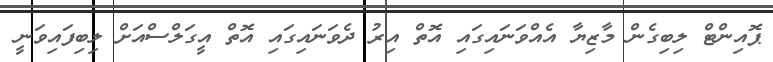
ޕޮއިންޓް ލިބިގެން މާޒިޔާ އެއްވަނައިގައި އޮތް އިރު ދެވަނައިގައި އޮތް އީގަލްސްއަށް ލިބިފައިވަނީ